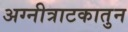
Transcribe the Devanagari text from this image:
अग्नीत्राटकातुन